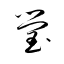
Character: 瑩